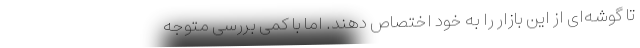
تا گوشه‌ای از این بازار را به خود اختصاص دهند. اما با کمی بررسی متوجه